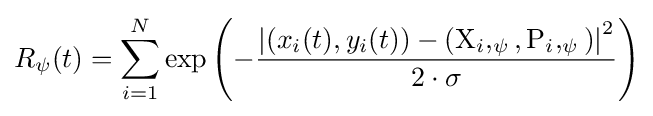
R_{\psi }(t)=\sum _{i=1}^{N}\exp \left(-{\frac {\left|(x_{i}(t),y_{i}(t))-(\mathrm {X} _{i},_{\psi },\mathrm {P} _{i},_{\psi })\right\vert ^{2}}{2\cdot \sigma }}\right)